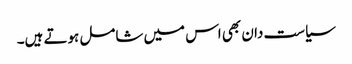
سیاست دان بھی اس میں شامل ہوتے ہیں۔